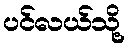
ပင်လယ်သို့